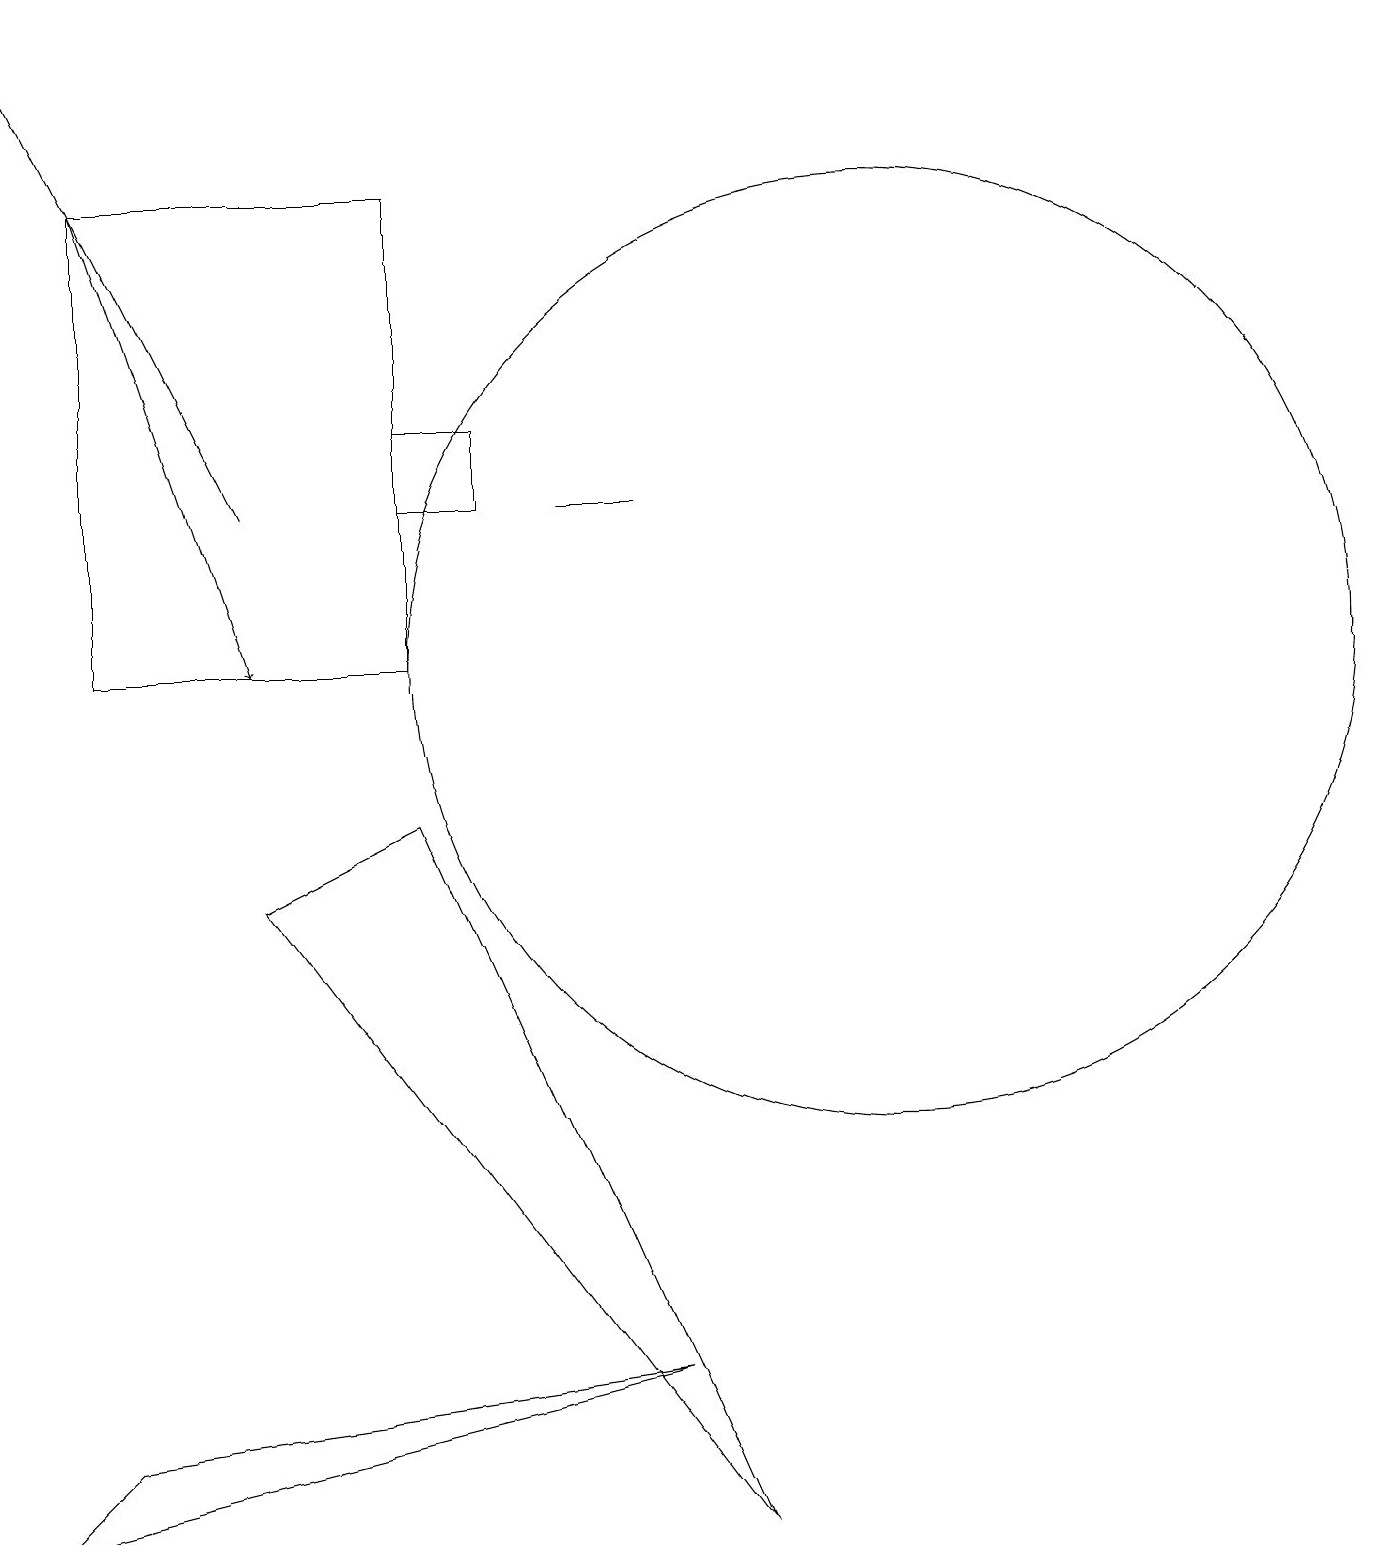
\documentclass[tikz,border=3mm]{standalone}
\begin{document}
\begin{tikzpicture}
\draw (9,0) -- (3,8) -- (5,9) -- cycle;
\draw (1,1) -- (0,0) -- (8,2) -- cycle;
\draw (11,11) circle (6);
\draw[->] (3,13) -- (0,19);
\draw (6,13) rectangle (5,14);
\draw (1,17) rectangle (5,11);
\draw (8,13) rectangle (7,13);
\draw[->] (1,17) -- (3,11);
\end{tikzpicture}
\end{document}